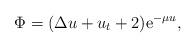
LaTeX: \begin{align*}\Phi=(\Delta u+u_t+2)\mathrm e^{-\mu u},\end{align*}